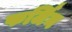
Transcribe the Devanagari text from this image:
फर्जिन